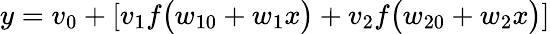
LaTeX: y=v_{0}+\left[v_{1}f\big(w_{10}+w_{1}x\big)+v_{2}f\big(w_{20}+w_{2}x\big)\right]